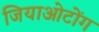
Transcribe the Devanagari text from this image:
जियाओटोंग